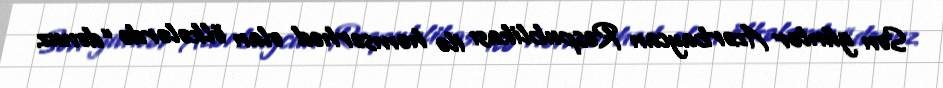
Son günlər Azərbaycan Respublikası ilə həmsərhəd olan ölkələrdə “donuz